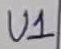
Text: U1